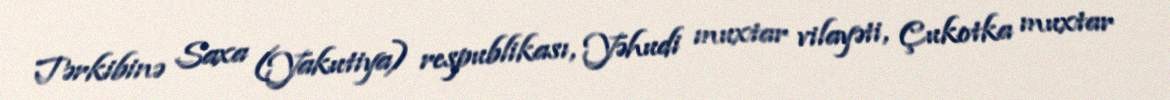
Tərkibinə Saxa (Yakutiya) respublikası, Yəhudi muxtar vilayəti, Çukotka muxtar